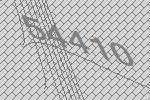
54410